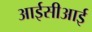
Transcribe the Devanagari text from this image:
आईसीआई